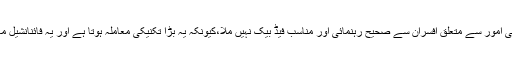
پروفیسر پی کے عبدالعزیز صاحب کی بدقسمتی یہ رہی کہ ان کو مالیاتی امور سے متعلق افسران سے صحیح رہنمائی اور مناسب فیڈ بیک نہیں ملا،کیونکہ یہ بڑا تکنیکی معاملہ ہوتا ہے اور یہ فائنانشیل معاملے ہوتے ہیں اور انہیں سمجھنا ہر کسی کے بس کی بات نہیں ہوتی۔